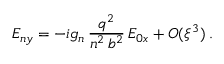
E _ { n y } = - i g _ { n } \, \frac { q ^ { 2 } } { n ^ { 2 } \, b ^ { 2 } } \, E _ { 0 x } + O ( \xi ^ { 3 } ) \: .